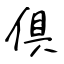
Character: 倶